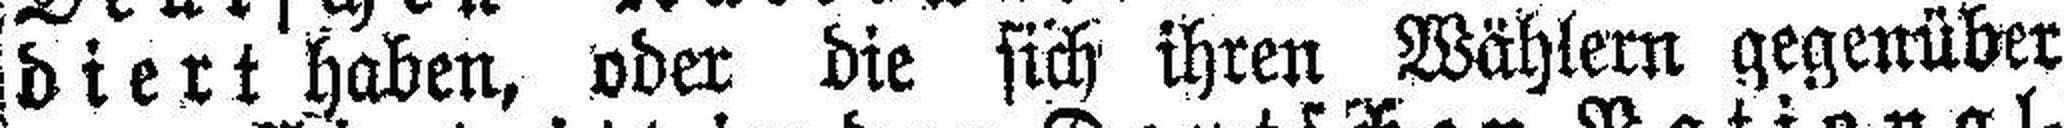
diert haben, oder die sich ihren Wählern gegenüber